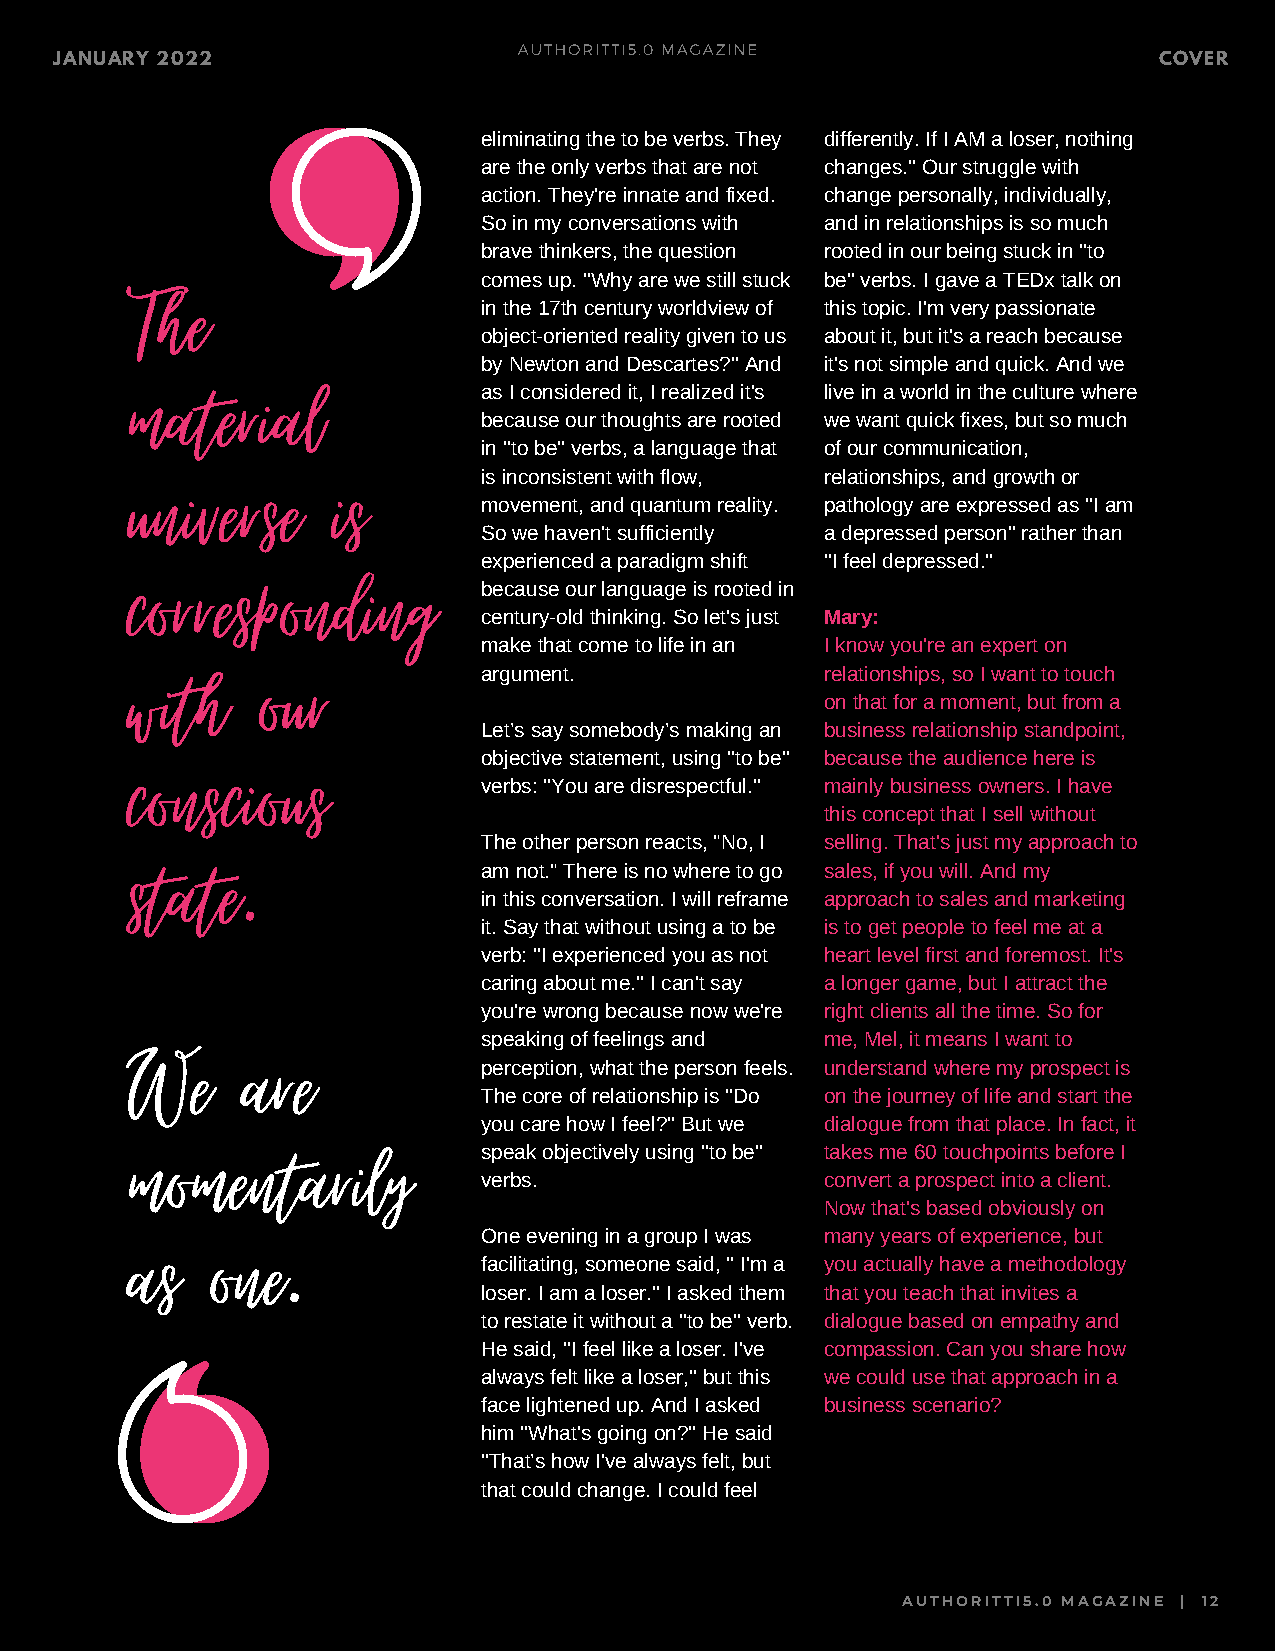
AUTHORITTI5.0 MAGAZINE
 JANUARY 2022                                                             COVER
 eliminating the to be verbs. They differently. If I AM a loser, nothing
 are the only verbs that are not changes.'' Our struggle with
 action. They're innate and fixed. change personally, individually,
 So in my conversations with and in relationships is so much
 brave thinkers, the question rooted in our being stuck in ''to
 The                     comes up. ''Why are we still stuck be'' verbs. I gave a TEDx talk on
 in the 17th century worldview of this topic. I'm very passionate
 object-oriented reality given to us about it, but it's a reach because
 by Newton and Descartes?'' And it's not simple and quick. And we
 material
 as I considered it, I realized it's live in a world in the culture where
 because our thoughts are rooted we want quick fixes, but so much
 in ''to be'' verbs, a language that of our communication,
 universe      is        is inconsistent with flow, relationships, and growth or
 movement, and quantum reality. pathology are expressed as ''I am
 So we haven't sufficiently a depressed person'' rather than
 experienced a paradigm shift ''I feel depressed.''
 corresponding
 because our language is rooted in
 century-old thinking. So let's just Mary:
 make that come to life in an I know you're an expert on
 with     our
 argument.              relationships, so I want to touch
 on that for a moment, but from a
 Let’s say somebody’s making an business relationship standpoint,
 conscious               objective statement, using ''to be'' because the audience here is
 verbs: ''You are disrespectful.'' mainly business owners. I have
 this concept that I sell without
 The other person reacts, "No, I selling. That's just my approach to
 state.
 am not." There is no where to go sales, if you will. And my
 in this conversation. I will reframe approach to sales and marketing
 it. Say that without using a to be is to get people to feel me at a
 verb: ''I experienced you as not heart level first and foremost. It's
 caring about me.'' I can't say a longer game, but I attract the
 you're wrong because now we're right clients all the time. So for
 We      are             speaking of feelings and me, Mel, it means I want to
 perception, what the person feels. understand where my prospect is
 The core of relationship is ''Do on the journey of life and start the
 you care how I feel?'' But we dialogue from that place. In fact, it
 momentarily
 speak objectively using ''to be'' takes me 60 touchpoints before I
 verbs.                 convert a prospect into a client.
 Now that's based obviously on
 as    one.              One evening in a group I was many years of experience, but
 facilitating, someone said, '' I'm a you actually have a methodology
 loser. I am a loser.'' I asked them that you teach that invites a
 to restate it without a ''to be'' verb. dialogue based on empathy and
 He said, ''I feel like a loser. I've compassion. Can you share how
 always felt like a loser,'' but this we could use that approach in a
 face lightened up. And I asked business scenario?
 him ''What's going on?'' He said
 ''That’s how I've always felt, but
 that could change. I could feel
 AUTHORITTI5.0 MAGAZINE | 12